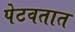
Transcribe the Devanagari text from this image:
पेटवतात